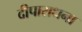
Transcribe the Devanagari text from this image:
दीपाराधना